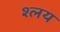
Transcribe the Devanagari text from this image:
श्लय